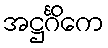
အဋ္ဌင်္ဂိကေ